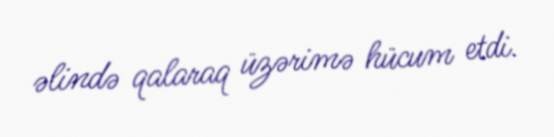
əlində qalaraq üzərimə hücum etdi.